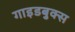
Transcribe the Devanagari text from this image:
गाइडबुक्स